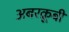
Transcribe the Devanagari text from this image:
अबरक्रूबी